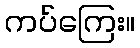
ကပ်ကြေး။